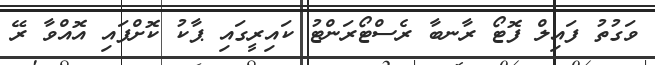
ވަގުތު ފައިލް ފޮޓޯ ރާނބާ ރެސްޓޯރަންޓު ކައިރީގައި ޕާކު ކޮށްފައި އޮއްވާ ރޭ